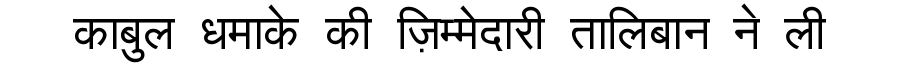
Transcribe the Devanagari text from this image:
काबुल धमाके की ज़िम्मेदारी तालिबान ने ली